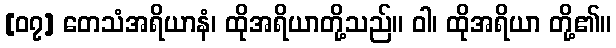
[၀၇] တေသံအရိယာနံ၊ ထိုအရိယာတို့သည်။ ဝါ၊ ထိုအရိယာ တို့၏။